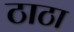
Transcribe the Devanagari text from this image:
ठाठा